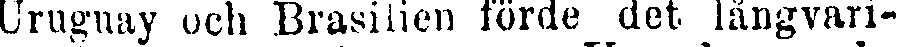
Uruguay och Brasilien förde det långvari-